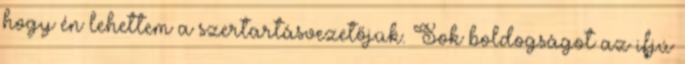
hogy én lehettem a szertartásvezetőjük. Sok boldogságot az ifjú